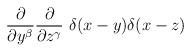
LaTeX: \begin{align*}{\partial \over \partial y^\beta} {\partial \over \partial z^\gamma} \ \delta(x-y) \delta(x-z)\end{align*}